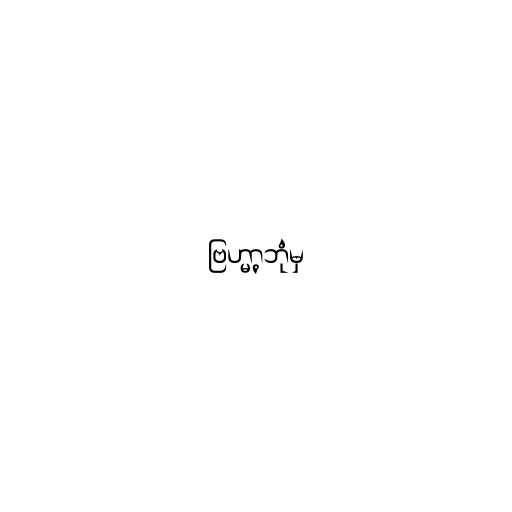
ဗြဟ္မာ့ဘုံမှ